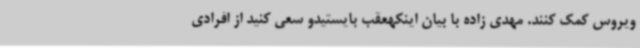
ویروس کمک کنند. مهدی زاده با بیان اینکهعقب بایستیدو سعی کنید از افرادی